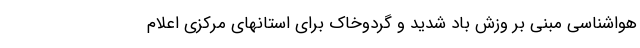
هواشناسی مبنی بر وزش باد شدید و گردوخاک برای استانهای مرکزی اعلام